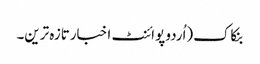
بنکاک(اُردو پوائنٹ اخبارتازہ ترین۔